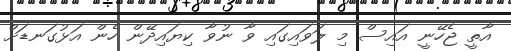
އާތީ ޖެހޭނީ އައިސް މި ލަވައިގައި ވާ ނުވާ ކިޔައިދޭން ހެން އަޅުގަނޑަށް